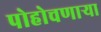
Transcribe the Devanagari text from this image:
पोहोचणार्‍या